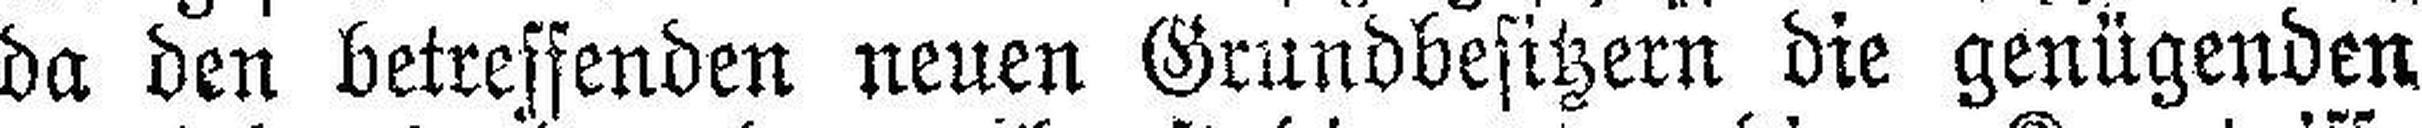
da den betreffenden neuen Grundbesitzern die genügenden